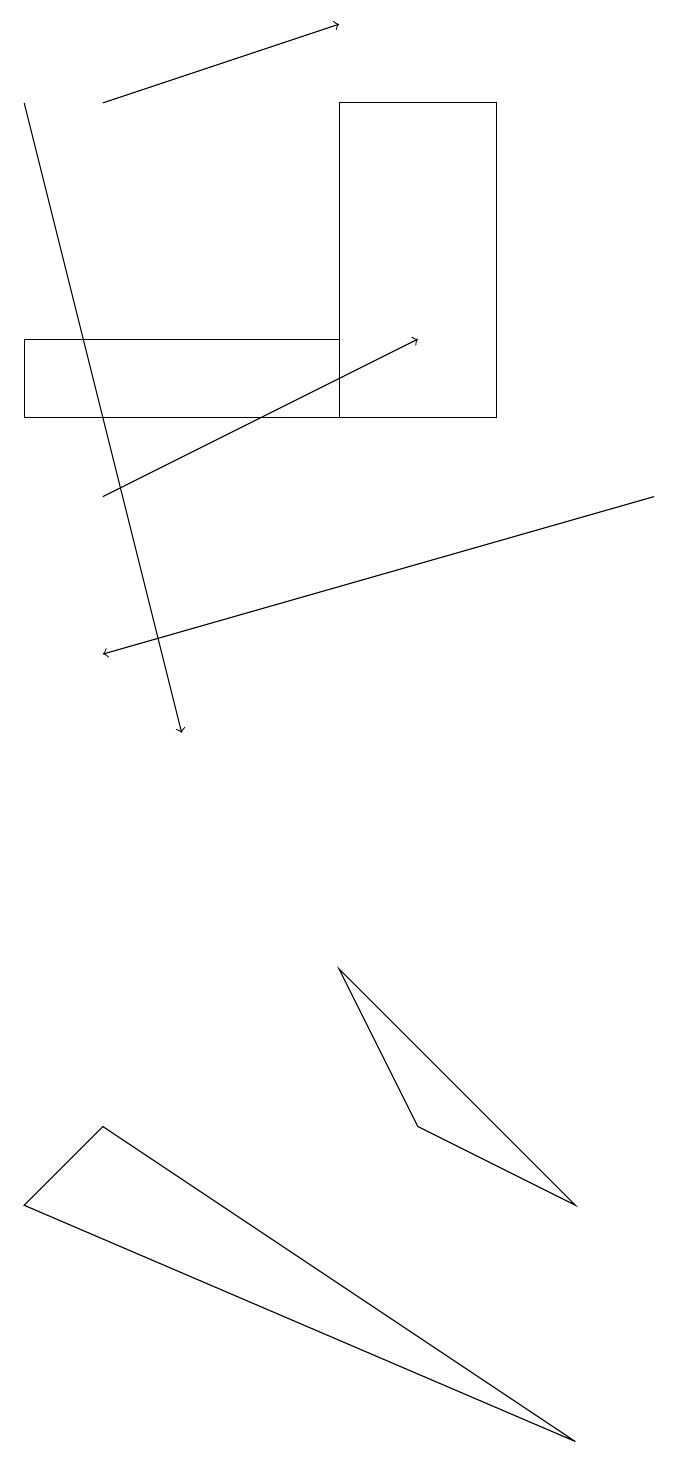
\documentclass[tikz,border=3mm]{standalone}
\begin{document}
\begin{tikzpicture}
\draw[->] (2,18) -- (5,19);
\draw (7,14) rectangle (5,18);
\draw[->] (1,18) -- (3,10);
\draw[->] (2,13) -- (6,15);
\draw (1,4) -- (2,5) -- (8,1) -- cycle;
\draw (6,5) -- (8,4) -- (5,7) -- cycle;
\draw (5,14) rectangle (1,15);
\draw[->] (9,13) -- (2,11);
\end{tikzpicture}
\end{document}